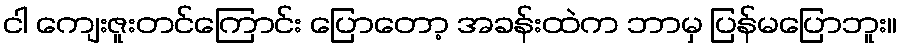
ငါ ကျေးဇူးတင်ကြောင်း ပြောတော့ အခန်းထဲက ဘာမှ ပြန်မပြောဘူး။